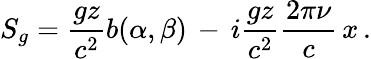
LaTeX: S_{g}=\frac{gz}{c^{2}}b(\alpha,\beta)\, -\, i\frac{gz}{c^{2}}\frac{2\pi\nu}{c}\, x\, .